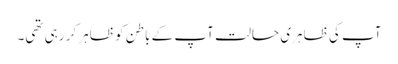
آپ کی ظاہری حالت آپ کے باطن کو ظاہر کر رہی تھی۔